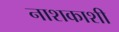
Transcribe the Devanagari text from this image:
नाशकाशी